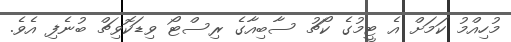
މުހިއްމު ކަމަށް އެ ޓީމުގެ ކޯޗު ސާބިއާގެ ރިސްޓޯ ވިޑަކޮވިޗް ބުނެފި އެވެ.